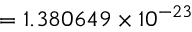
= 1 . 3 8 0 6 4 9 \times 1 0 ^ { - 2 3 }